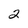
Character: 2